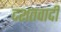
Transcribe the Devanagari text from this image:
दशतवादी